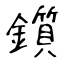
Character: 鑕